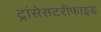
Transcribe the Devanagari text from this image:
ट्रांसेसटरीफाइड